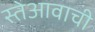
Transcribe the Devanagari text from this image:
स्तेआवाची